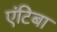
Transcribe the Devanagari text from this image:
एंटिबा